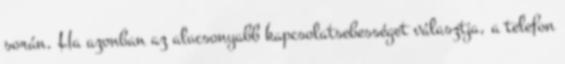
során. Ha azonban az alacsonyabb kapcsolatsebességet választja, a telefon